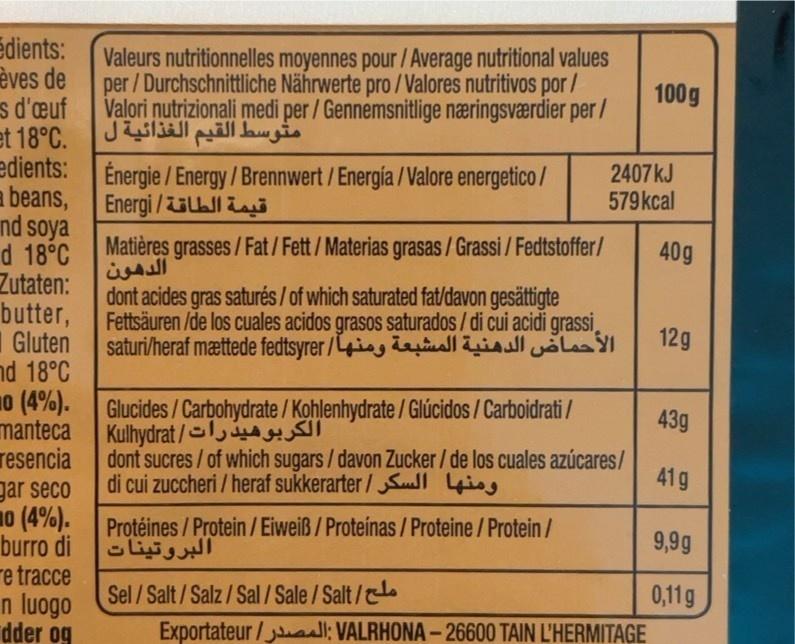
edients: èves de s d'euf et 18°C. edients: Énergie / Energy/Brennwert/Energía /Valore energetico/ a beans, Energi /i nd soya d 18°C Zutaten: butter, Gluten nd 18°C 0 (4%). manteca Kulhydrat/ resencia gar seco 10 (4%). burro di re tracce n luogo dder og
Valeurs nutritionnelles moyennes pour /Average nutritional values per /Durchschnittliche Nährwerte pro /Valores nutritivos por / Valori nutrizionali medi per / Gennemsnitlige næringsværdier per / مثوسط القيم الغذائية ل
100g
2407KJ 579kcal
Matières grasses/Fat/Fett/Materias grasas / Grassi / Fedtstoffer/ الدهون dont acides gras saturés / of which saturated fat/davon gesättigte Fettsäuren /de los cuales acidos grasos saturados/ di cui acidi grassi, saturi/heraf mættede fedtsyrer /ig aallislola
40g
12g
Glucides/Carbohydrate / Kohlenhydrate /Glúcidos / Carboidrati /
43g
الكربوهيدرات
dont sucres/of which sugars/ davon Zucker/ de los cuales azúcares/ di cui zuccheri / heraf sukkerarter/Sl 4isg
41g
Protéines /Protein / Eiweiß / Proteínas /Proteine /Protein/ البروتينات
9,9g
Sel /Salt/Salz/Sal / Sale /Salt/.
0,11g
Exportateur/ al: VALRHONA-26600 TAIN L'HERMITAGE